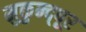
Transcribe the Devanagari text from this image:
मुकुन्द्पूर